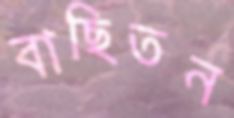
বাছিতন